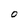
Character: O